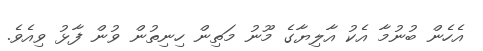
އެހެން ބުނުމާ އެކު އާލިޔާގެ މޫނު މަތިން ހިނިތުން ވުން ފާޅު ވިއެވެ.